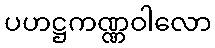
ပဟဋ္ဌကဏ္ဏဝါလော